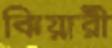
ঝিয়ারী